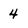
Character: 4